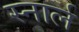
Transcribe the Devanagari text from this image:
स्नार्ल